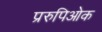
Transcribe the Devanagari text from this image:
प्ररुपिओक